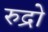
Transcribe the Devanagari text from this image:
रुद्रो